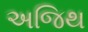
અજિથ